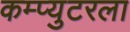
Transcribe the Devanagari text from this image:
कम्प्युटरला